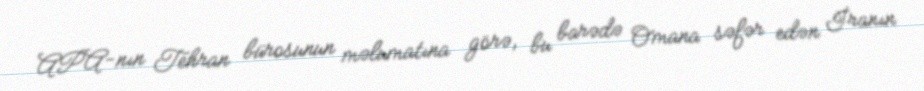
APA-nın Tehran bürosunun məlumatına görə, bu barədə Omana səfər edən İranın